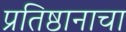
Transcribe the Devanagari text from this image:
प्रतिष्ठानाचा